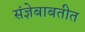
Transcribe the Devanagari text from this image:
संज्ञेबाबतीत